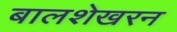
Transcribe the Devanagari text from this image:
बालशेखरन